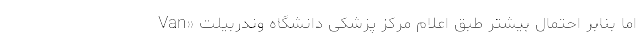
اما بنابر احتمال بیشتر طبق اعلام مرکز پزشکی دانشگاه وندربیلت «Van